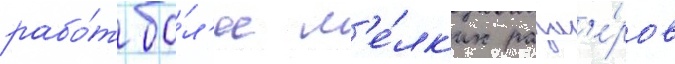
рабо́т бо́л'ее м'е́лк'их разм'е́ров